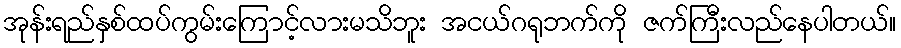
အုန်းရည်နှစ်ထပ်ကွမ်းကြောင့်လားမသိဘူး အငယ်ဂရုဘက်ကို ဇက်ကြီးလည်နေပါတယ်။